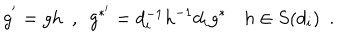
LaTeX: g ^ { ' } = g h \ \ , \ \ g ^ { * ^ { \prime } } = d _ { i } ^ { - 1 } h ^ { - 1 } d _ { i } g ^ { * } \ \, \ \ h \in S ( d _ { i } ) \ \ .